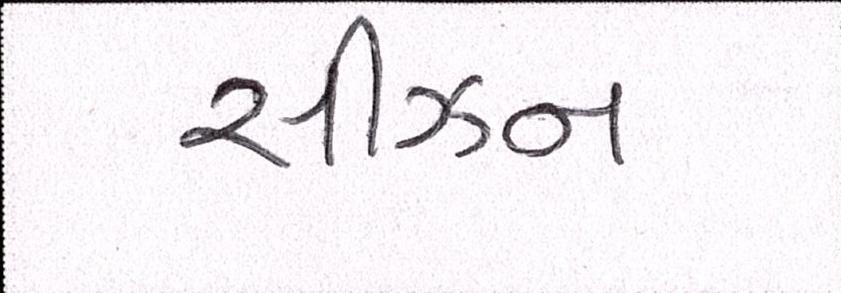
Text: સીઝન